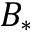
B _ { * }